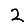
Digit: 2